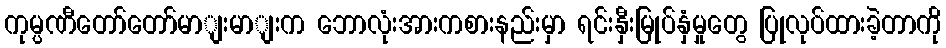
ကုမ္ပဏီတော်တော်မာျးမာျးက ဘောလုံးအားကစားနည်းမှာ ရင်းနှီးမြုပ်နှံမှုတွေ ပြုလုပ်ထားခဲ့တာကို